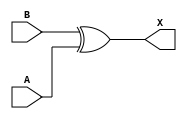
module sky130_fd_sc_hdll__xor2_7 (
    X,
    A,
    B
);
    output X;
    input  A;
    input  B;
    wire xor0_out_X;
    xor xor0 (xor0_out_X, B, A           );
    buf buf0 (X         , xor0_out_X     );
endmodule